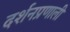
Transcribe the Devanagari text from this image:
दर्शनप्रणाली